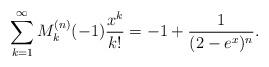
LaTeX: \begin{align*}\sum_{k=1}^\infty M_k^{(n)}(-1)\frac{x^k}{k!}=-1+\frac{1}{(2-e^x)^n}.\end{align*}